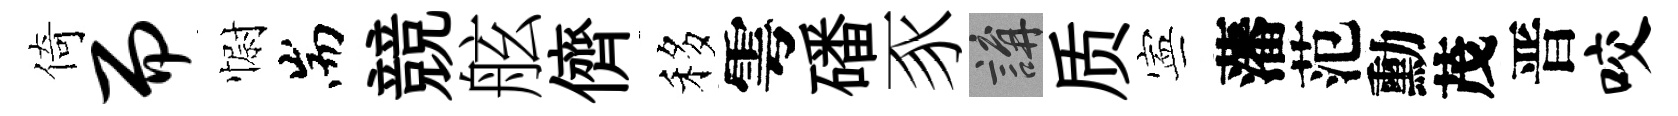
倚而𢠢耑競舷儕移雩磻豕講质寕藩范勳茂晋咬